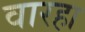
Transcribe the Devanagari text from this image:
वारहा